Lunatic asylums Madras 1892-1911 - 1892-1911
Year: 1892
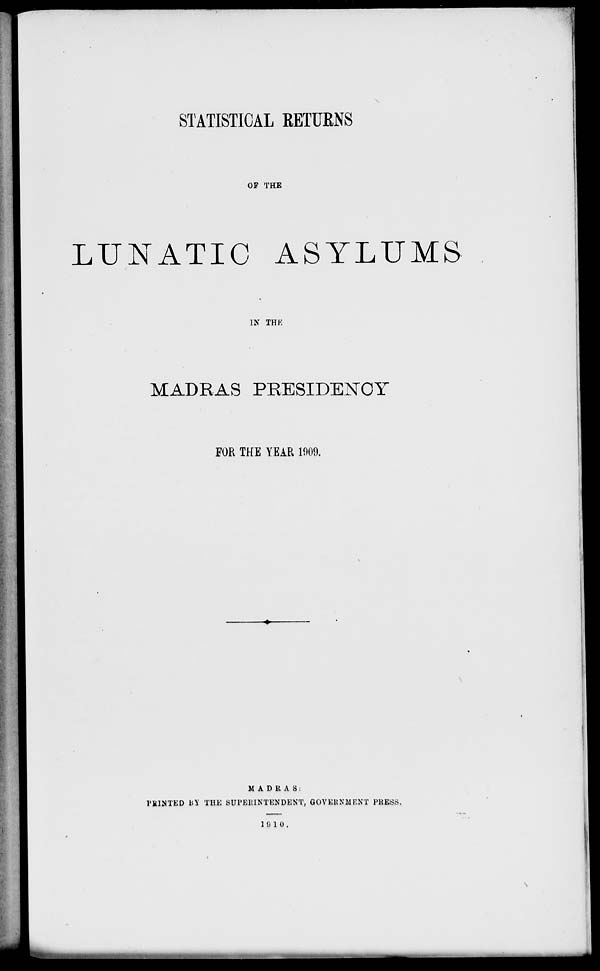
STATISTICAL RETURNS
OF THE
LUNATIC ASYLUMS
IN THE
MADRAS PRESIDENCY
FOR THE YEAR 1909.
MADRAS:
PIIMTED i<* THE SUPERINTENDENT, GOVERNMENT PRESS,
1 0 1 0,